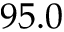
9 5 . 0